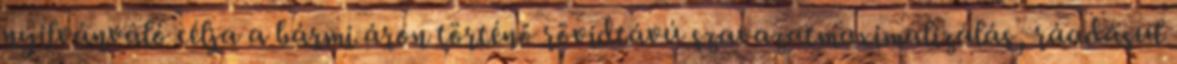
nyilvánvaló célja a bármi áron történő rövidtávú szavazatmaximalizálás, ráadásul